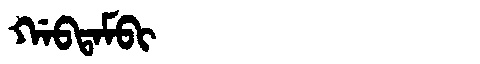
Manchu: ᡤᠠᠪᡨᠠᠮᠪᡳ
Romanization: GABTAMBI